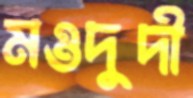
মওদুদী